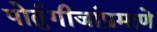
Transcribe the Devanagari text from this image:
पोर्तुगीजांप्रमाणे